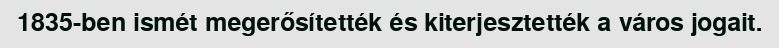
1835-ben ismét megerősítették és kiterjesztették a város jogait.